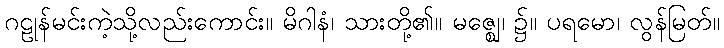
ဂဠုန်မင်းကဲ့သို့လည်းကောင်း။ မိဂါနံ၊ သားတို့၏။ မဇ္ဈေ၊ ၌။ ပရမော၊ လွန်မြတ်။